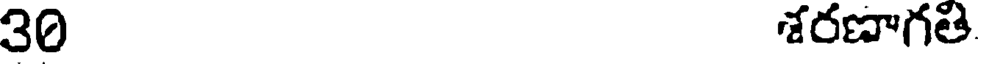
30 శరణాగతి.